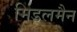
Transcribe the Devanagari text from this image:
मिडलमैन